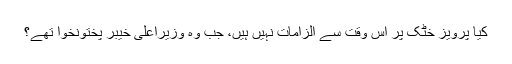
کیا پرویز خٹک پر اس وقت سے الزامات نہیں ہیں، جب وہ وزیراعلیٰ خیبر پختونخوا تھے؟